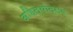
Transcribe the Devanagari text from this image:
अहिल्योत्सव